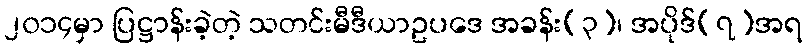
၂၀၁၄မှာ ပြဋ္ဌာန်းခဲ့တဲ့ သတင်းမီဒီယာဥပဒေ အခန်း(၃)၊ အပိုဒ်(၇)အရ